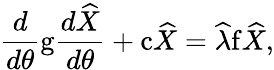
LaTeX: \frac{d}{d\theta}\mathrm{g}\frac{d\widehat{X}}{d\theta}+\mathrm{c}\widehat{X}=\widehat{\lambda}\mathrm{f}\widehat{X},